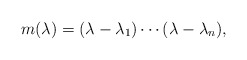
\begin{align*}m(\lambda) = (\lambda - \lambda_1) \cdots (\lambda - \lambda_n),\end{align*}